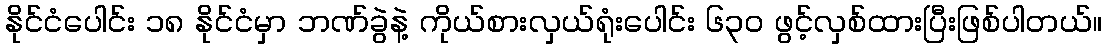
နိုင်ငံပေါင်း ၁၈ နိုင်ငံမှာ ဘဏ်ခွဲနဲ့ ကိုယ်စားလှယ်ရုံးပေါင်း ၆၃၀ ဖွင့်လှစ်ထားပြီးဖြစ်ပါတယ်။